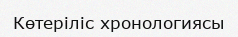
Көтеріліс хронологиясы